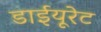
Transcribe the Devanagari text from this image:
डाईयूरेट